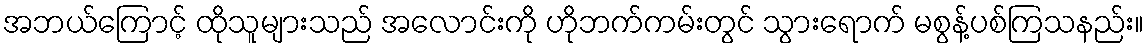
အဘယ်ကြောင့် ထိုသူများသည် အလောင်းကို ဟိုဘက်ကမ်းတွင် သွားရောက် မစွန့်ပစ်ကြသနည်း။